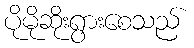
ပိုမိုဆိုးရွားစေသည်